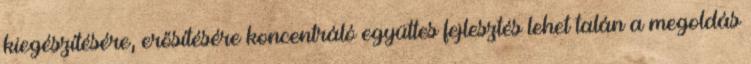
kiegészítésére, erősítésére koncentráló együttes fejlesztés lehet talán a megoldás